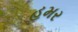
હમર